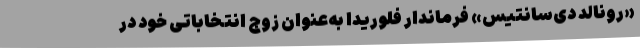
«رونالد دی‌سانتیس» فرماندار فلوریدا به‌عنوان زوج انتخاباتی خود در